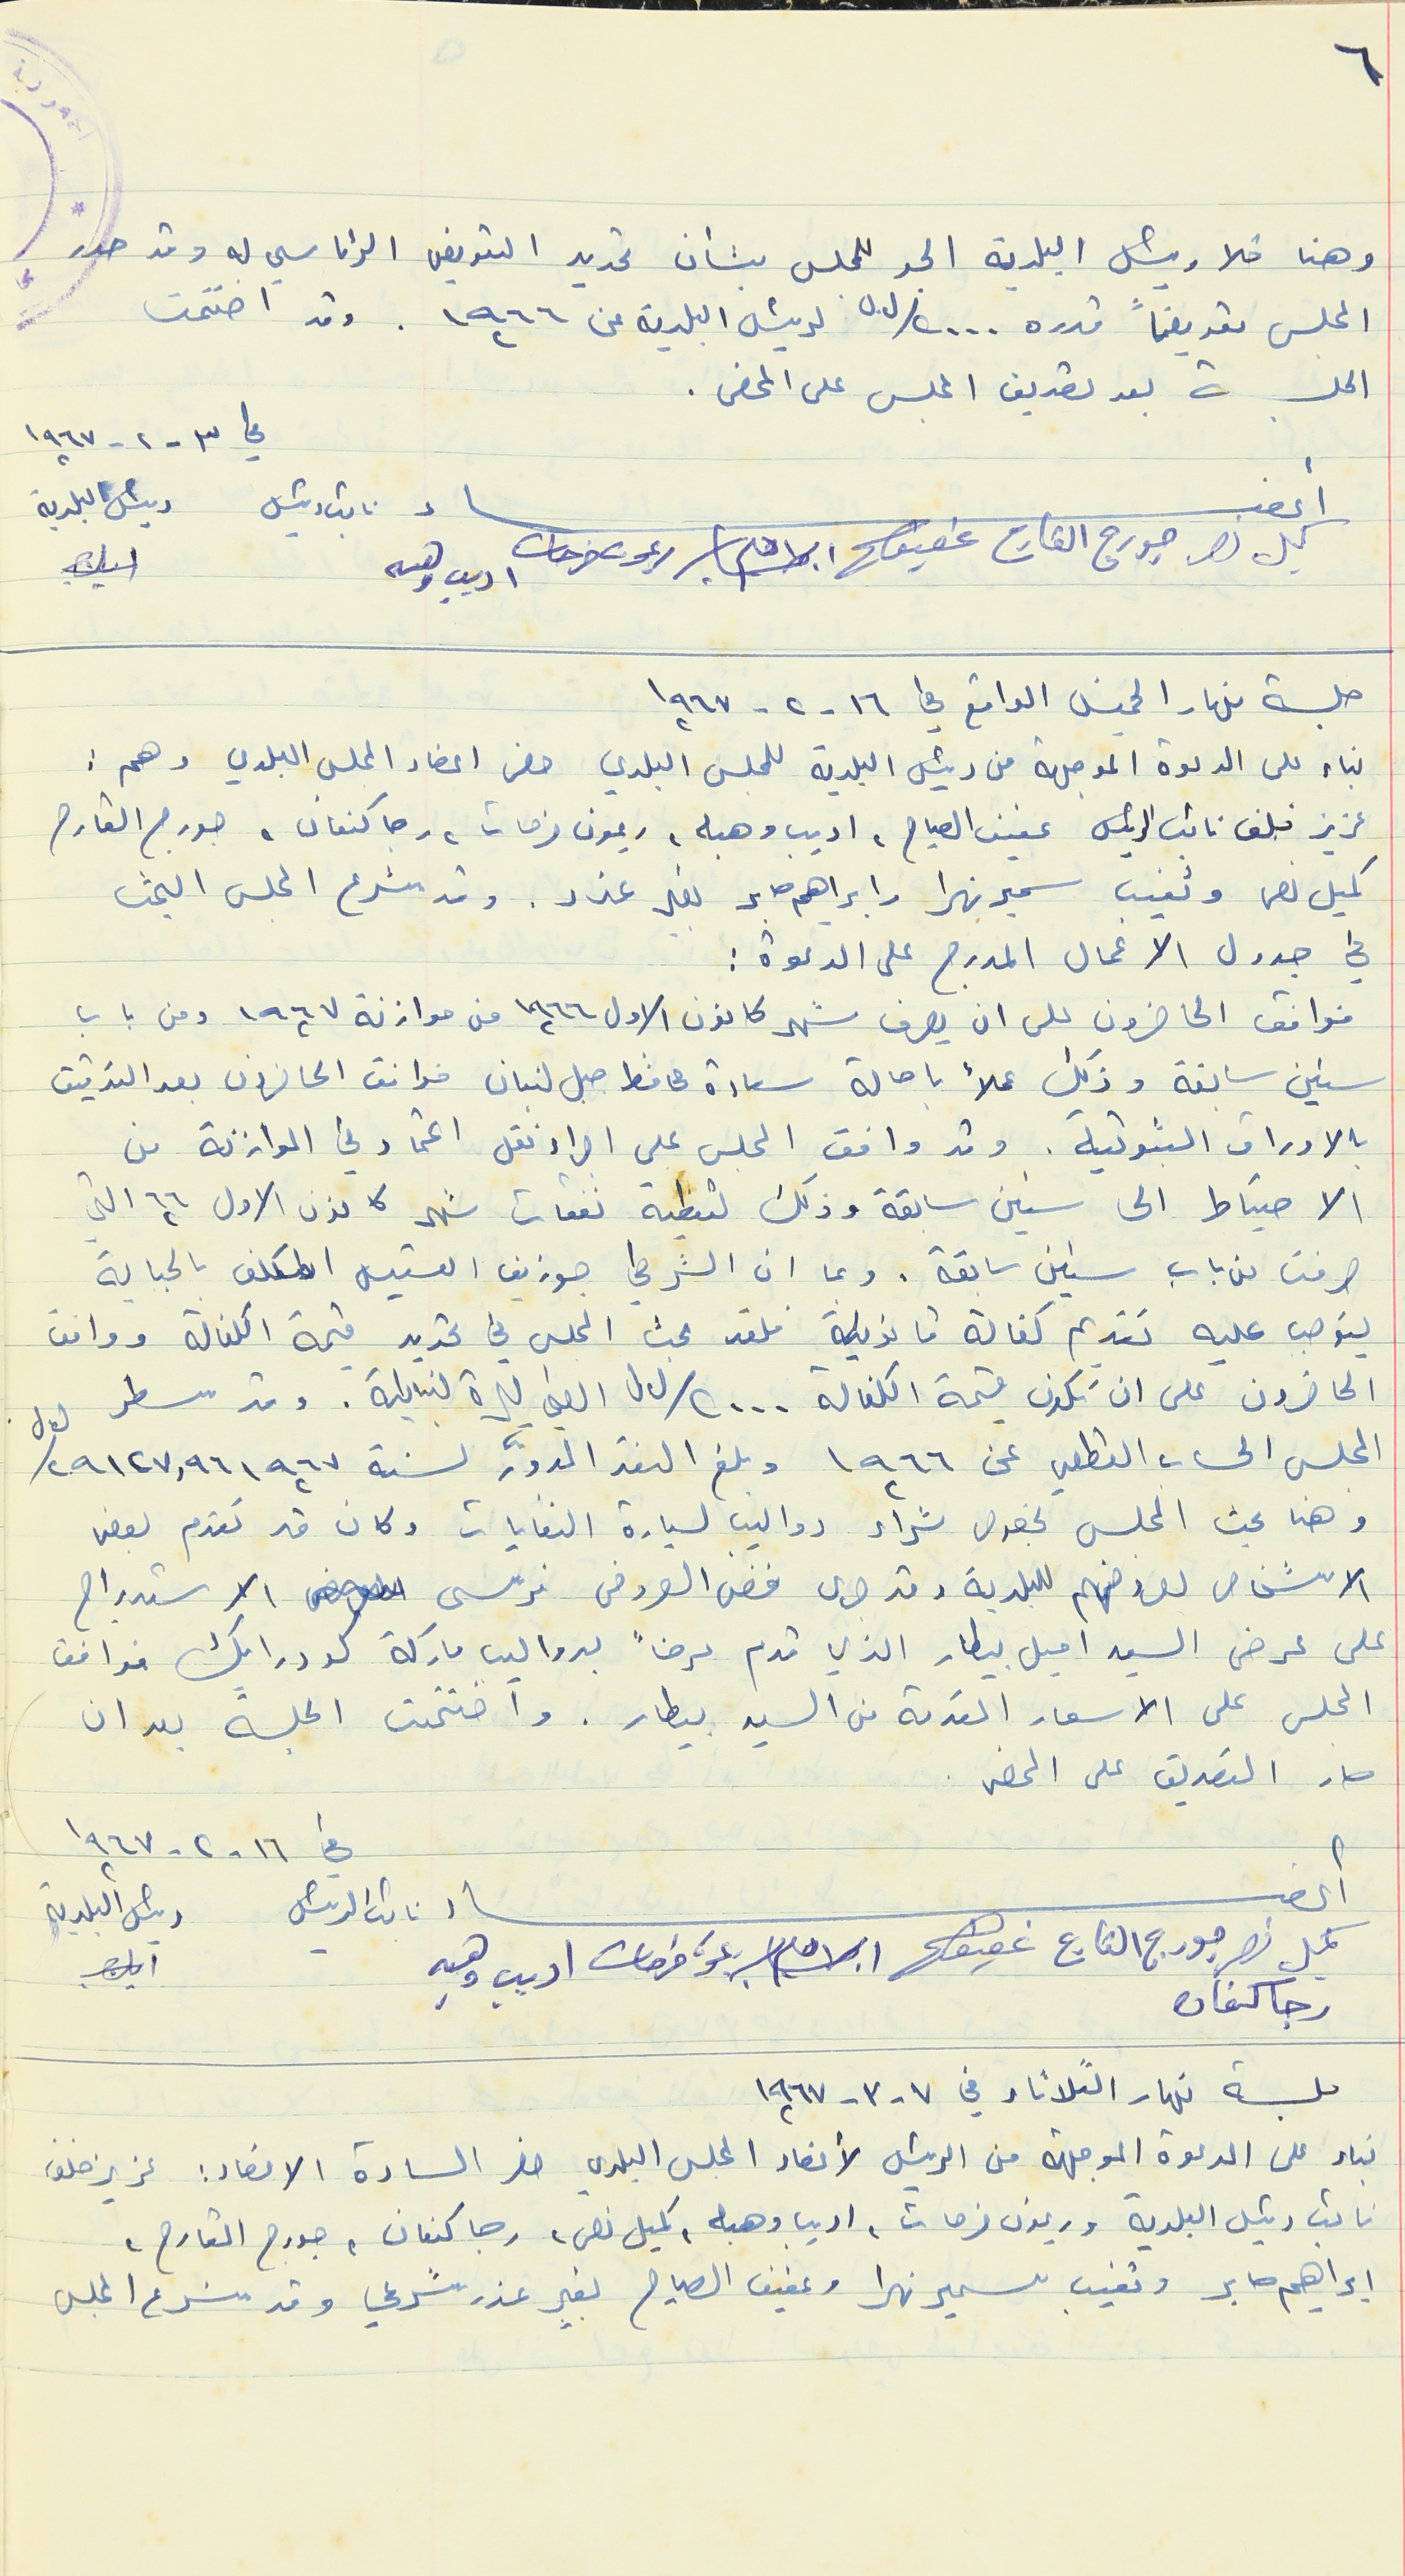
وهنا خلا رئيس البلدية الجو للمجلس بشأن تحديد التعويض الرئاسي له وقد حدد
المجلس تعويضاً قدره ٢٠٠٠/ ل.ل لرئيس البلدية عن ١٩٦٦ وقد اختتمت
الجلسة بعد تصديق المجلس على المحضر .
جلسة نهار الخميس الواقع في ١٦ - ٢ - ١٩٦٧
بناء على الدعوة الموجهة من رئيس البلدية للمجلس البلدي حضر اعضاء المجلس البلدي وهم :
عزيز خلف نائب الرئيس عفيف الصياح، اديب وهبه، ريمون فرحات، رجا كنعان، جورج القارح
 كميل نصر وتغيب سمير نهرا وابراهيم صابر بغير عذر. وقد شرع المجلس البحث
في جدول الاعمال المدرج على الدعوة :
فوافق الحاضرون على ان يصرف شهر كانون الاول ١٩٦٦ من موازنة ١٩٦٧ ومن باب
سنين سابقة وذلك عملاً باحالة سعادة محافظ جبل لبنان فوافق الحاضرون بعد التدقيق
بالاوراق الثبوتية. وقد وافقِ المجلس على اجراء نقل اعتماد في الموازنة من
الاحتياط الى سنين سابقة وذلك لتغطية نفقات شهر كانون الاول ٦٦ التي
صرفت من باب سنين سابقة . وبما ان الشرطي جوزيف القسيس المكلف بالجباية
يتوحب عليه تقديم كفالة قانونية فلقد بحث المجلس في تحديد قيمة الكفالة ووافق
الحاضرون على ان تكون قيمة الكفالة ٢٠٠٠/ ل.ل الفي ليرة لبنانية . وقد سطر
المجلس الحساب القطعي عن ١٩٦٦ وبلغ النقد المدوّر لسنة١٩٦٧ ٢٩١٢٧,٩٦ / ل.ل
وهنا بحث المجلس بخصوص شراء دواليب لسيارة النفايات وكان قد تقدم بعض
الاشخاص لعروضهم للبلدية وقد جرى فض العروض فرسي الاستدراج
 على عرض السيد اميل بيطار الذي قدم عرضاً بدواليب ماركة كودرايك فوافق
المجلس على الاسعار المقدمة من السيد بيطار. وأختتمت الجلسة بعد ان
صار التصديق على المحضر .
رجا كنعان
جلسة نهار الثلاثاء في ٧ - ٣ - ١٩٦٧
بناء على الدعوة الموجهة من الرئيس لأعضاء المجلس البلدي حضر السادة الاعضاء : عزيز خلف
 نائب رئيس البلدية وريمون فرحات، اديب وهبه، كميل نصر، رجا كنعان، جورج القارح،
ابراهيم صابر وتغيب سمير نهرا وعفيف الصياح بغير عذر شرعي وقد شرع المجلس
أعضاء نائب الرئيس رئيس البلدية
في ١٦ - ٢ -١٩٦٧
أعضاء نائب رئيس رئيس البلدية
في ٣ - ٢ - ١٩٦٧
كميل نصر جورج القارح عفيف ابراهيم ريمون فرحات اديب وهبه
٦
كميل نصر جورج القارح عفيف ابراهيم ريمون فرحات اديب وهبه